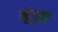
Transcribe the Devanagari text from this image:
मुंगुवा